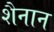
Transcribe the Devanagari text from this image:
शैनान